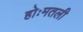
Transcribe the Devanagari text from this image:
होःमतली